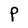
Character: P